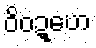
ဝိဝဍ္ဎော